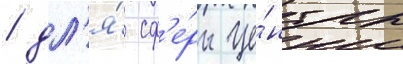
/ дл'я́ сф'е́ры це́нтры